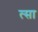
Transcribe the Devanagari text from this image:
त्सा